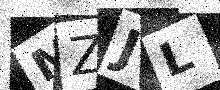
Text: MZJL